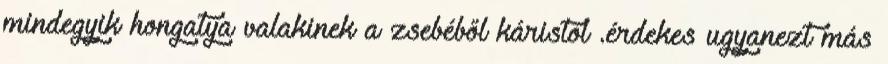
mindegyik hongatya valakinek a zsebéből káristol .érdekes ugyanezt más